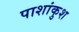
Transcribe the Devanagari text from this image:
पाशांकुश